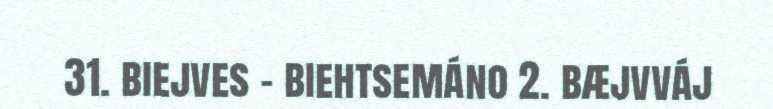
31. biejves – biehtsemáno 2. bæjvváj